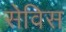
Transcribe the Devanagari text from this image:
सेविस